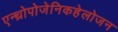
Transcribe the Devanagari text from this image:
एन्थ्रोपोजेनिकहेलोजन